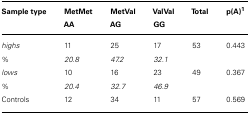
<table><thead><tr><td><b>Sample type</b></td><td><b>MetMet</b></td><td><b>MetVal</b></td><td><b>ValVal</b></td><td><b>Total</b></td><td><b>p(A)<sup>1</sup></b></td></tr><tr><td></td><td><b>AA</b></td><td><b>AG</b></td><td><b>GG</b></td></tr></thead><tbody><tr><td><i>highs</i></td><td>11</td><td>25</td><td>17</td><td>53</td><td>0.443</td></tr><tr><td>%</td><td><i>20.8</i></td><td><i>47.2</i></td><td><i>32.1</i></td><td></td><td></td></tr><tr><td><i>lows</i><i></i></td><td>10</td><td>16</td><td>23</td><td>49</td><td>0.367</td></tr><tr><td>%</td><td><i>20.4</i></td><td><i>32.7</i></td><td><i>46.9</i></td><td></td><td></td></tr><tr><td>Controls</td><td>12</td><td>34</td><td>11</td><td>57</td><td>0.569</td></tr></tbody></table>